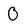
Character: 0